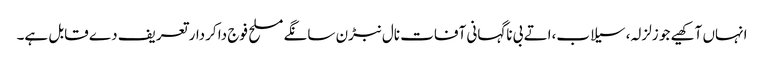
انہاں آکھیے جو زلزلہ، سیلاب،اتے بی ناگہانی آفات نال نبڑن سانگے مسلح فوج دا کردار تعریف دے قابل ہے۔